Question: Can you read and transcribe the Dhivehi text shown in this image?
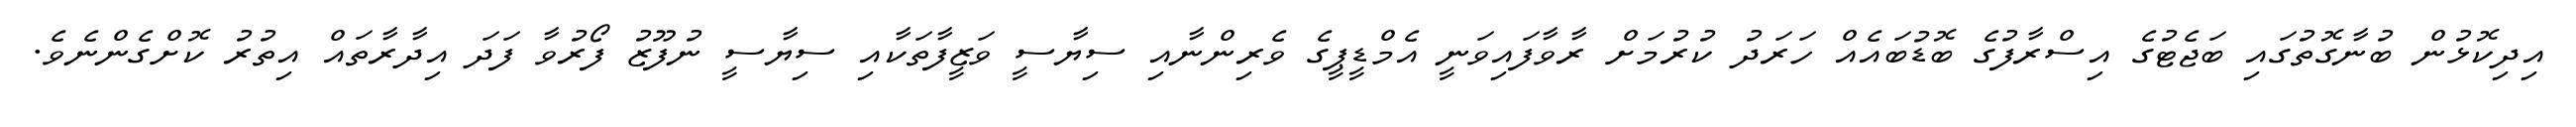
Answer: އިދިކޮޅުން ބުނާގޮތުގައި ބަޖެޓުގެ އިސްރާފުގެ ބޮޑުބައެއް ހަރަދު ކުރުމަށް ރާވާފައިވަނީ އެމްޑީޕީގެ ވެރިންނާއި ސިޔާސީ ވަޒީފާތަކާއި ސިޔާސީ ނުފޫޒު ފޯރުވާ ފަދަ އިދާރާތައް އިތުރު ކޮށްގެންނެވެ.